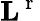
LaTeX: {\mathbf L}^{\mathrm{~r~}}